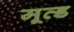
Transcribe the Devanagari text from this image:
मूव्ड